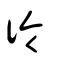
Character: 彾